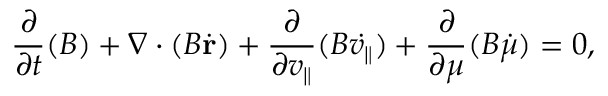
\frac { \partial } { \partial t } ( B ) + \nabla \cdot ( B \dot { \mathbf { r } } ) + \frac { \partial } { \partial v _ { \parallel } } ( B \dot { v _ { \parallel } } ) + \frac { \partial } { \partial \mu } ( B \dot { \mu } ) = 0 ,